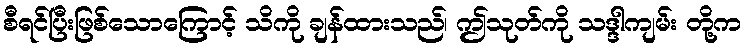
စီရင်ပြီးဖြစ်သောကြောင့် သိကို ချန်ထားသည်၊ ဤသုတ်ကို သဒ္ဒါကျမ်း တို့က